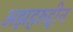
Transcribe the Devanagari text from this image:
अझहरुद्दीन